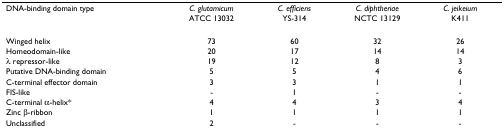
| DNA-binding domain type | C. glutamicum | C. efficiens | C. diphtheriae | C. jeikeium |
 |  | ATCC 13032 | YS-314 | NCTC 13129 | K411 |
 | --- | --- | --- | --- | --- |
 | Winged helix | 73 | 60 | 32 | 26 |
 | Homeodomain-like | 20 | 17 | 14 | 14 |
 | λ repressor-like | 19 | 12 | 8 | 3 |
 | Putative DNA-binding domain | 5 | 5 | 4 | 6 |
 | C-terminal effector domain | 3 | 3 | 1 | 1 |
 | FIS-like | - | 1 | - | - |
 | C-terminal α-helix* | 4 | 4 | 3 | 4 |
 | Zinc β-ribbon | 1 | 1 | 1 | 1 |
 | Unclassified | 2 | - | - | - |